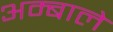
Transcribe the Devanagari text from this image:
अम्बाले